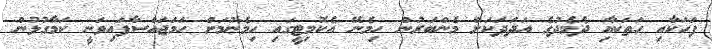
ފަހަކާއި ހަތަކާއި ދެމެދުގެ އަދަދަކަށް މެންބަރުން ހިމެނޭ އެކޮމިޓީގައި ހިމެނުމަށް ހަމަޖައްސާފައިވަނީ ކަމާގުޅުން